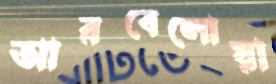
আরবেলোয়া